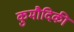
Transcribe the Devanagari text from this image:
कुमौदिकी